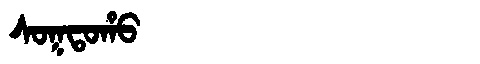
Manchu: ᠰᠣᡴᡨᠣᡥᠣ
Romanization: SOKTOHO